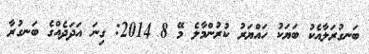
ބަނގުރަލާއެކު ބަޔަކު ހައްޔަރު ކުރުންމާލެ މޭ 8 2014: ގިނަ އަދަދެއްގެ ބަނގުރާ